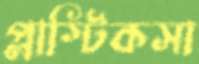
প্লাস্টিকসা